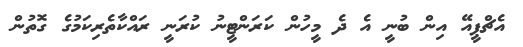
އެޗްޕީއޭ އިން ބުނީ އެ ދެ މީހުން ކަރަންޓީނު ކުރަނީ ރައްކާތެރިކަމުގެ ގޮތުން